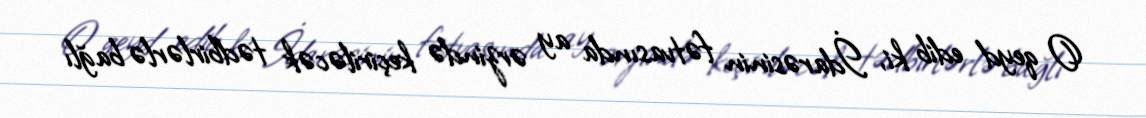
O qeyd edib ki, İdarəsinin fətvasında ay ərzində keçiriləcək tədbirlərlə bağlı